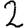
Digit: 2